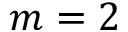
m = 2